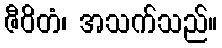
ဇီဝိတံ၊ အသက်သည်။